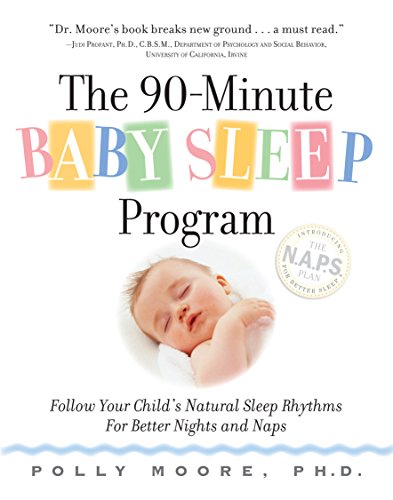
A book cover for The 90-Minute Baby Sleep Program: Follow Your Child's Natural Sleep Rhythms for Better Nights and Naps; Polly Moore Ph.D.; Health, Fitness & Dieting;